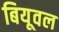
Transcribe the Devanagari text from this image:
बियूवल